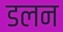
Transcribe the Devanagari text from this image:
डलन